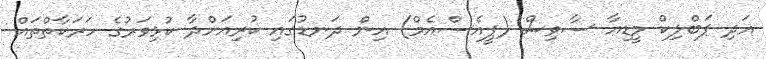
އަދި ޕަބްލިކް މީޑިއާ ސާވިސް (ޕީއެސްއެމް) އިން ދަނޑުގައި ކުރިއަށްދާ ކުޅިވަރުގެ ހަރަކާތްތައް